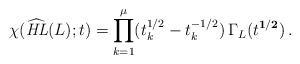
LaTeX: \begin{align*}\chi(\widehat{\mathit{HL}}(L);t)=\prod\limits_{k=1}^{\mu}(t_k^{1/2}-t_k^{-1/2}) \, \Gamma_L(t^{\mathbf{1/2}})\,.\end{align*}